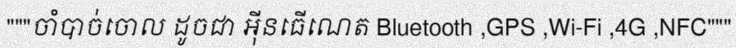
"""ចាំបាច់ចោល ដូចជា អ៊ីនធើណេត Bluetooth ,GPS ,Wi-Fi ,4G ,NFC"""